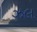
ઝલ